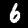
Label: 6